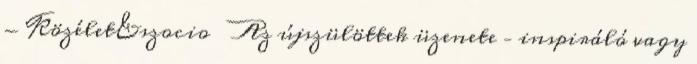
- Közélet&szocio Az újszülöttek üzenete – inspiráló vagy